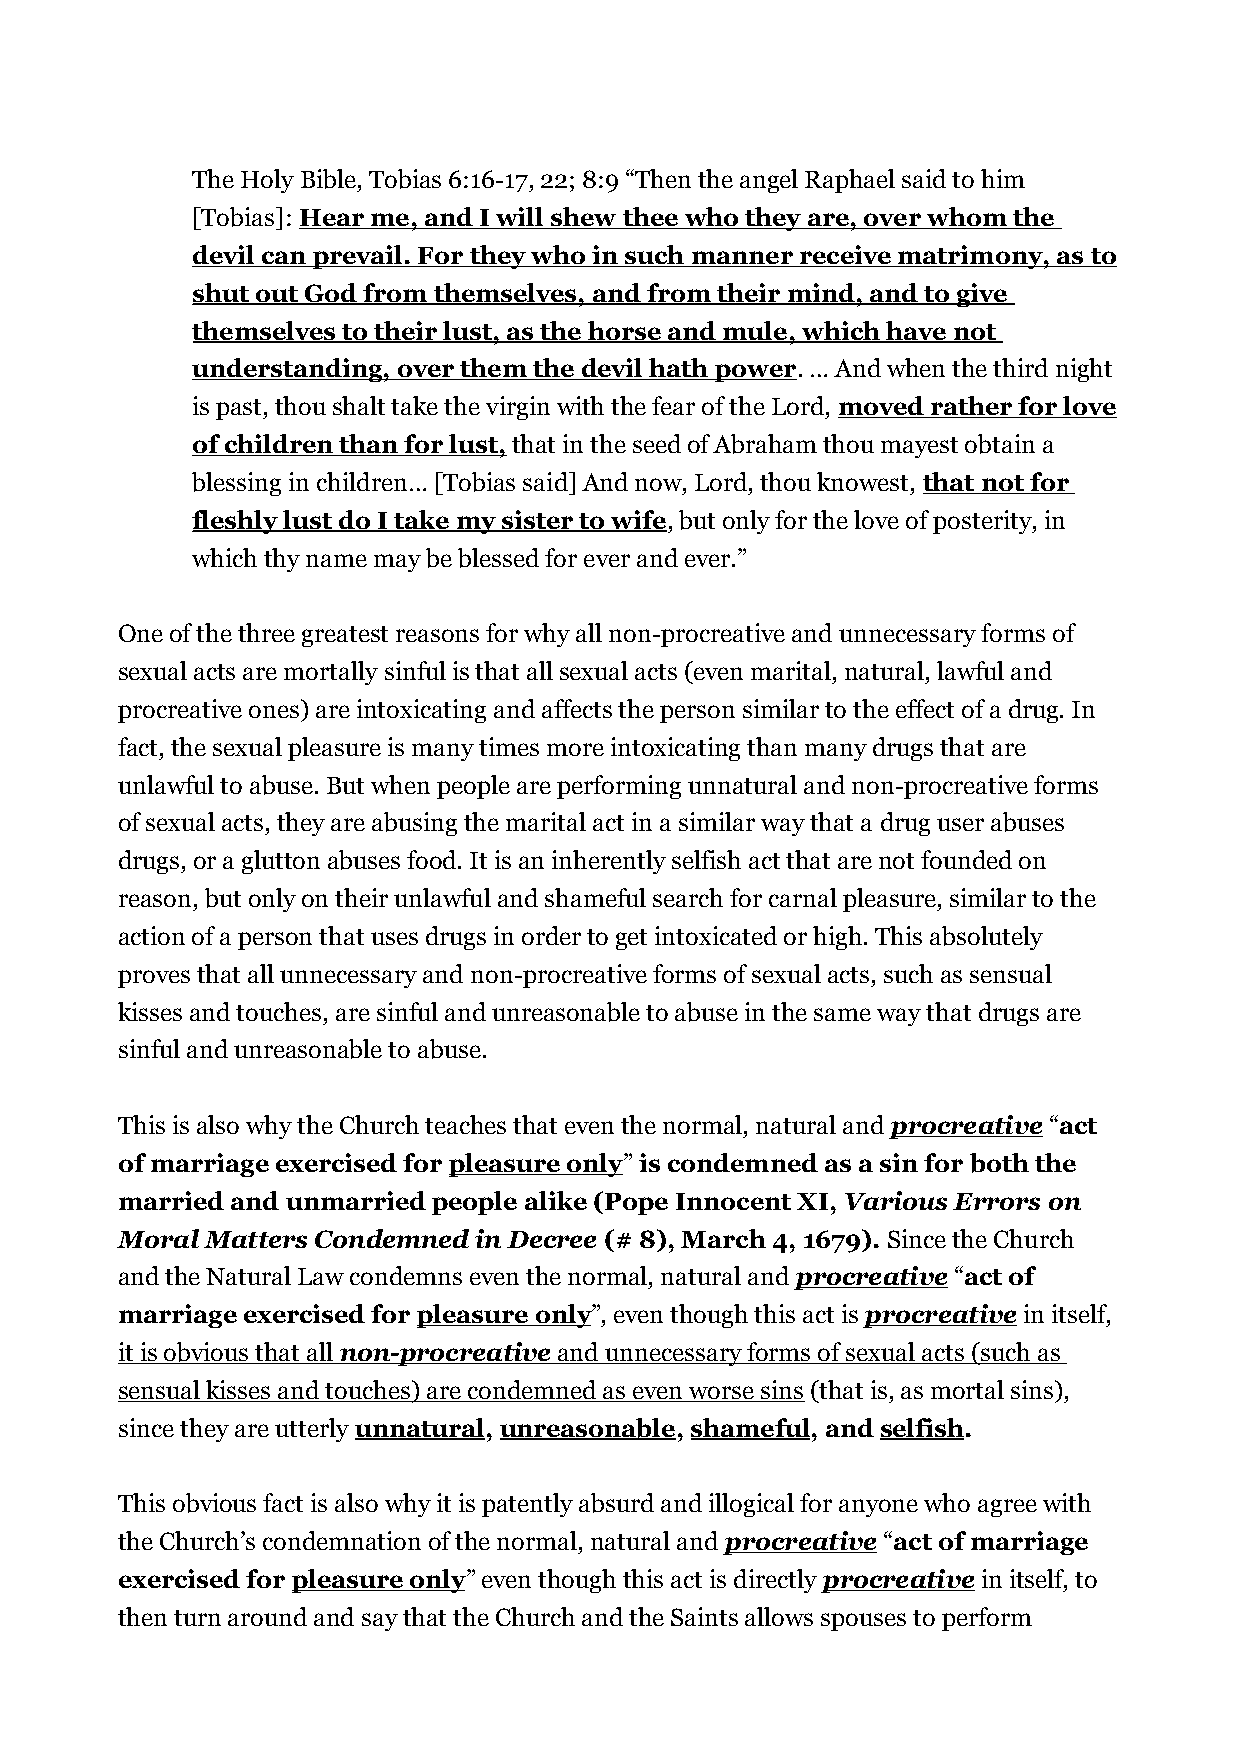
The Holy Bible, Tobias 6:16-17, 22; 8:9 “Then the angel Raphael said to him
 [Tobias]: Hear me, and I will shew thee who they are, over whom the
 devil can prevail. For they who in such manner receive matrimony, as to
 shut out God from themselves, and from their mind, and to give
 themselves to their lust, as the horse and mule, which have not
 understanding, over them the devil hath power. … And when the third night
 is past, thou shalt take the virgin with the fear of the Lord, moved rather for love
 of children than for lust, that in the seed of Abraham thou mayest obtain a
 blessing in children… [Tobias said] And now, Lord, thou knowest, that not for
 fleshly lust do I take my sister to wife, but only for the love of posterity, in
 which thy name may be blessed for ever and ever.”
 One of the three greatest reasons for why all non-procreative and unnecessary forms of
 sexual acts are mortally sinful is that all sexual acts (even marital, natural, lawful and
 procreative ones) are intoxicating and affects the person similar to the effect of a drug. In
 fact, the sexual pleasure is many times more intoxicating than many drugs that are
 unlawful to abuse. But when people are performing unnatural and non-procreative forms
 of sexual acts, they are abusing the marital act in a similar way that a drug user abuses
 drugs, or a glutton abuses food. It is an inherently selfish act that are not founded on
 reason, but only on their unlawful and shameful search for carnal pleasure, similar to the
 action of a person that uses drugs in order to get intoxicated or high. This absolutely
 proves that all unnecessary and non-procreative forms of sexual acts, such as sensual
 kisses and touches, are sinful and unreasonable to abuse in the same way that drugs are
 sinful and unreasonable to abuse.
 This is also why the Church teaches that even the normal, natural and procreative “act
 of marriage exercised for pleasure only” is condemned as a sin for both the
 married and unmarried people alike (Pope Innocent XI, Various Errors on
 Moral Matters Condemned in Decree (# 8), March 4, 1679). Since the Church
 and the Natural Law condemns even the normal, natural and procreative “act of
 marriage exercised for pleasure only”, even though this act is procreative in itself,
 it is obvious that all non-procreative and unnecessary forms of sexual acts (such as
 sensual kisses and touches) are condemned as even worse sins (that is, as mortal sins),
 since they are utterly unnatural, unreasonable, shameful, and selfish.
 This obvious fact is also why it is patently absurd and illogical for anyone who agree with
 the Church’s condemnation of the normal, natural and procreative “act of marriage
 exercised for pleasure only” even though this act is directly procreative in itself, to
 then turn around and say that the Church and the Saints allows spouses to perform